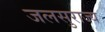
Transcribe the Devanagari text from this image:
जलसुराज्य